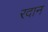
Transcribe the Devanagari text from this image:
रदान